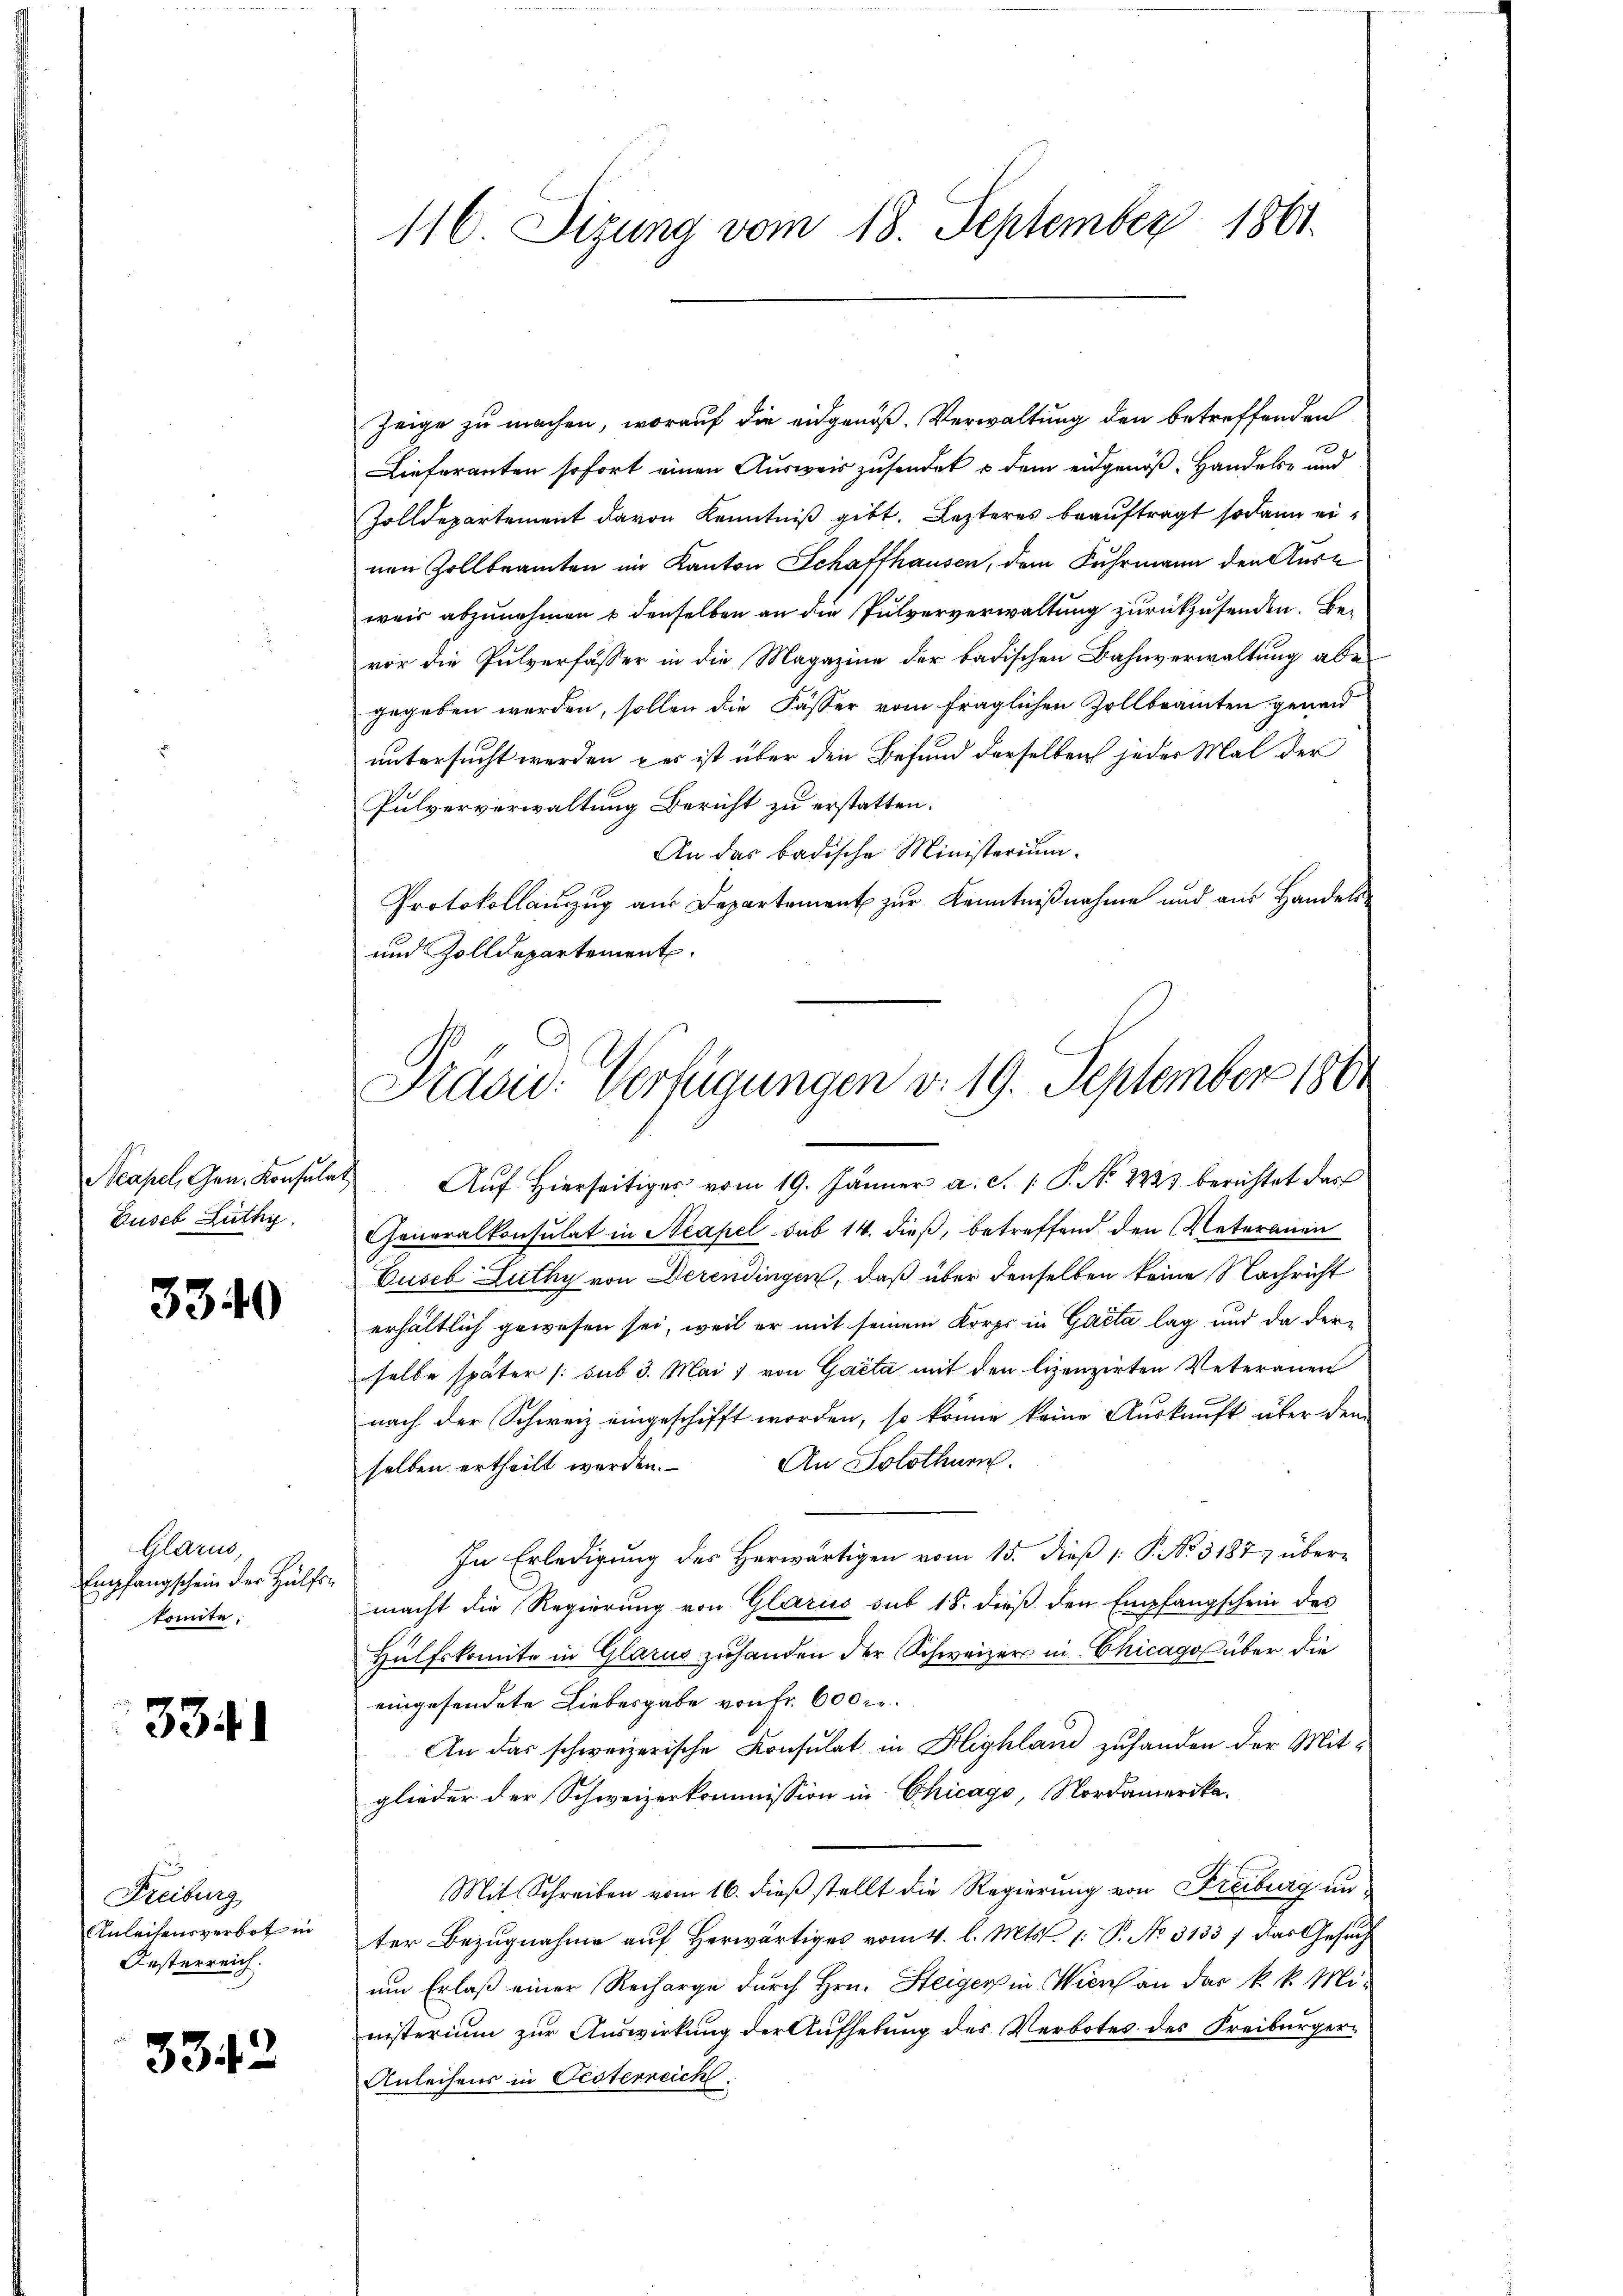
Buseb Zuthi

3340

Glarus,
Empfangschein der Hülfskonnte.

334)

Freiburg
Anleihensverbot in
Oesterreich.

3342

116. Sitzung vom 18. September 1861.

Zeige zu machen, worauf die eidgenöß. Verwaltung den betreffenden
Lieferanten sofort einen Ausweis zusendet u dem eidgenöß, Handels- und
Zolldepartement davon Kenntniß gibt. Lezteres beauftragt sodann einen Zollbeamten im Kanton Schaffhausen, dem Fuhrmann den Auswair abzunehmen u denselben an die Pulververwaltung zurückzusenden. Bevor die Pulverfasser in die Magazine der badischen Bahnverwaltung aber
gegeben werden, sollen die Fässer vom fraglichen Zollbeamten genand
untersucht werden per ist über den Befund derselben jeder Mal der
Pulververwaltung Bericht zu erstatten.
An das badische Ministerium.
Protokollanzug aus Departement zur Kenntnißnahme und aus Handels-
und Zolldepartement.

Präsid. Verfügungen v. 19. September 1861

Neapel, Gen. Konsulat Aŭf Hierseitiges vom 19. Jänner a. c. 1 P. No. 2223 berichtet das
Generalkonsulat in Neapel sub 14. dieß, betreffend den Vaterauen
Cuseb Lüthy von Derendingen, daß über denselben keine Nachricht
erhältlich gewesen sei, weil er mit seinem Korps in Gacta lag und da derselbe später (sub 3. Mai von Gacta mit den lizenzirten Veteranen
nach der Schweiz eingeschifft worden, so könne keine Auskunft über den
selben ertheilt werden. An Solothurn.
In Erledigung des Herwärtigen vom 15. dieß P. No. 3187, übermacht die Regierung von Glarus sub 18. dieß den Empfangschein des
Hülfskomite in Glarus zuhanden der Schweizers in Chicago über die
eingesendete Liebesgabe von Fr. 600 re
An das schweizerische Konsulat in Highland zuhanden der Mitglieder der Schweizerkommission in Chicago, Nordamerika¬
Mit Schreiben vom 16. dieß stellt die Regierung von Freiburg unter Bezugnahme auf Herwärtiges vom 4. l. Mts. 1. P. No. 3133 / das Gesuch
um Erlaß einer Recharge durch Hrn. Steiger in Wien an das k. k. Mi-
nisterium zur Auswirkung der Aufhebung des Verbotes des Freiburger-
Anleihens in Oesterreich